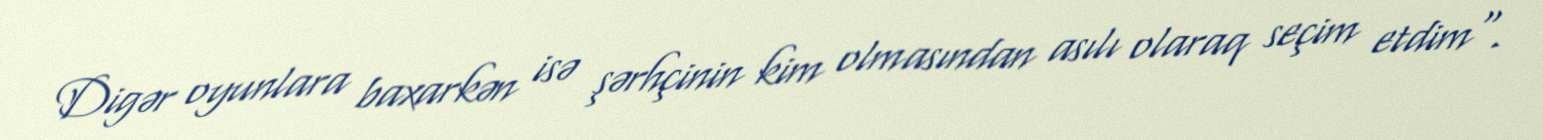
Digər oyunlara baxarkən isə şərhçinin kim olmasından asılı olaraq seçim etdim".